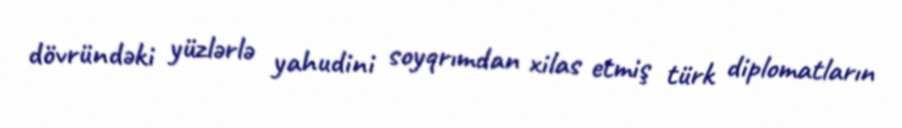
dövründəki yüzlərlə yahudini soyqrımdan xilas etmiş türk diplomatların